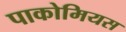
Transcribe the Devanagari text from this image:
पाकोमियस